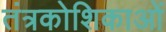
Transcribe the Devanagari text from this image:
तंत्रकोशिकाओं